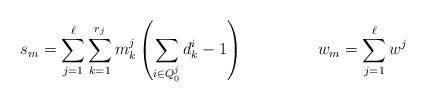
LaTeX: \begin{align*}s_m &= \sum_{j=1}^\ell \sum_{k=1}^{r_j} m^j_k \left(\sum_{i\in Q_0^j} d^i_k - 1 \right) &w_m &= \sum_{j=1}^\ell w^j\end{align*}